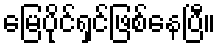
မြေပိုင်ရှင်ဖြစ်နေပြီ။